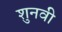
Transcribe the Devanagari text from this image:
शुनवी